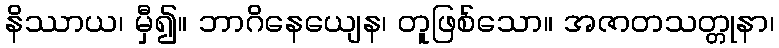
နိဿာယ၊ မှီ၍။ ဘာဂိနေယျေန၊ တူဖြစ်သော။ အဇာတသတ္တုနာ၊